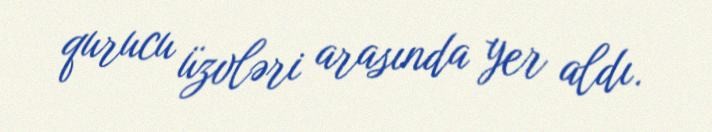
qurucu üzvləri arasında yer aldı.